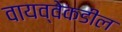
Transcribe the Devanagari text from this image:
वायव्वेकडील